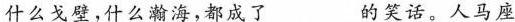
什么戈壁，什么瀚海，都成了___的笑话，人马座